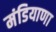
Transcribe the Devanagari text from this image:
मंडियाणा